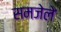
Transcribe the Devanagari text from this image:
समजेले